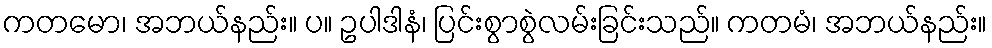
ကတမော၊ အဘယ်နည်း။ ပ။ ဥပါဒါနံ၊ ပြင်းစွာစွဲလမ်းခြင်းသည်။ ကတမံ၊ အဘယ်နည်း။